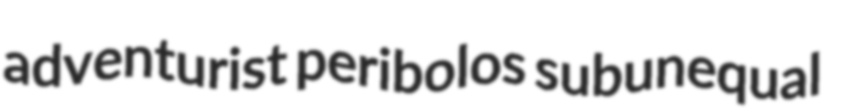
adventurist peribolos subunequal